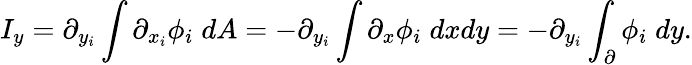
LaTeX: I_{y}=\partial_{y_{i}}\int\partial_{x_{i}}\phi_{i}\; dA=-\partial_{y_{i}}\int\partial_{x}\phi_{i}\; dxdy=-\partial_{y_{i}}\int_{\partial}\phi_{i}\; dy.